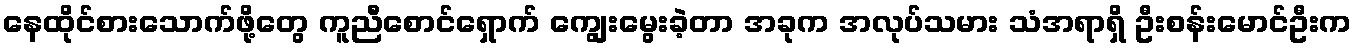
နေထိုင်စားသောက်ဖို့တွေ ကူညီစောင်ရှောက် ကျွေးမွေးခဲ့တာ အခုက အလုပ်သမား သံအရာရှိ ဦးစန်းမောင်ဦးက